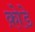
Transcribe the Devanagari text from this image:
क़ोडे